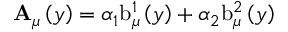
\mathbf { A } _ { \mu } \left( y \right) = \alpha _ { 1 } \mathrm { b } _ { \mu } ^ { 1 } \left( y \right) + \alpha _ { 2 } \mathrm { b } _ { \mu } ^ { 2 } \left( y \right)